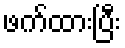
ဖက်ထားပြီး